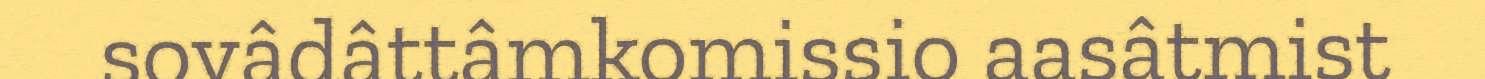
sovâdâttâmkomissio aasâtmist